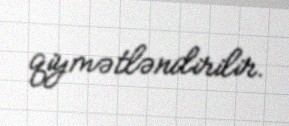
qiymətləndirilir.